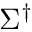
\Sigma ^ { \dagger }